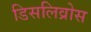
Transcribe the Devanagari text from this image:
डिसलिव्रोस